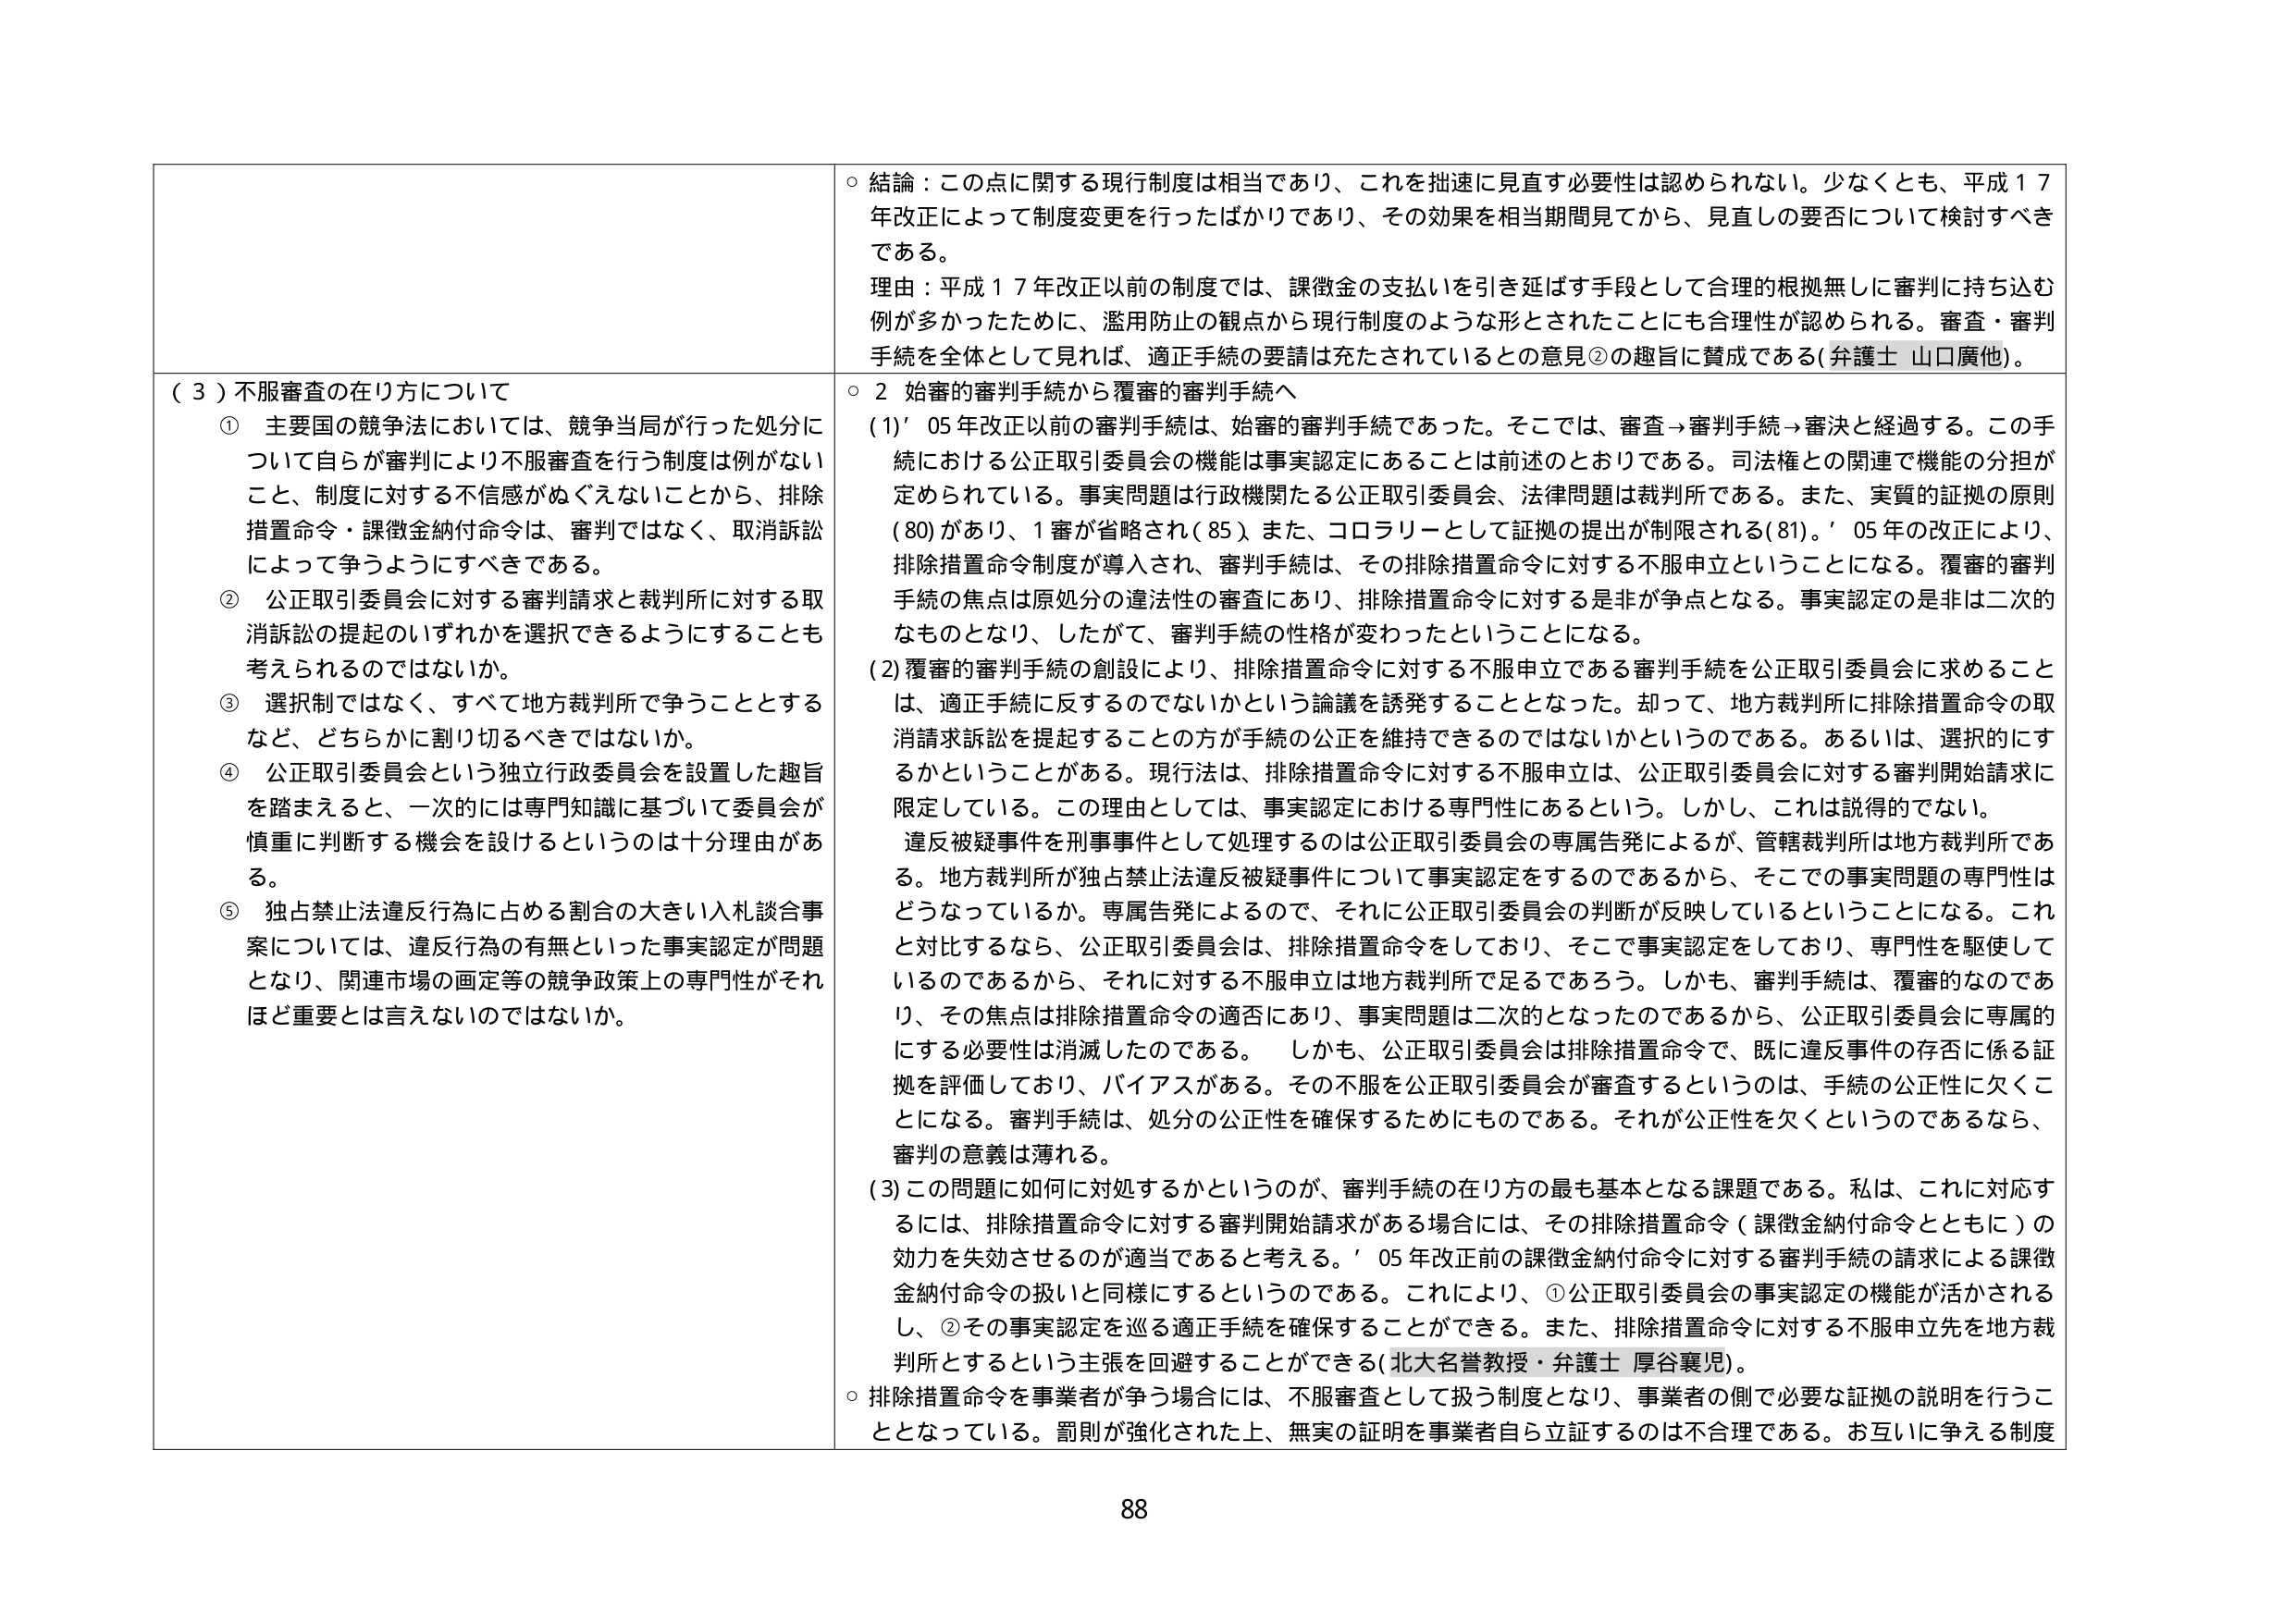
（３）不服審査の在り方について
① 主要国の競争法においては、競争当局が行った処分について自らが審判により不服審査を行う制度は例がないこと、制度に対する不信感がぬぐえないことから、排除措置命令・課徴金納付命令は、審判ではなく、取消訴訟によって争うようにすべきである。
② 公正取引委員会に対する審判請求と裁判所に対する取消訴訟の提起のいずれかを選択できるようにすることも考えられるのではないか。
③ 選択制ではなく、すべて地方裁判所で争うこととするなど、どちらかに割り切るべきではないか。
④ 公正取引委員会という独立行政委員会を設置した趣旨を踏まえると、一次的には専門知識に基づいて委員会が慎重に判断する機会を設けるというのは十分理由がある。
⑤ 独占禁止法違反行為に占める割合の大きい入札談合事案については、違反行為の有無といった事実認定が問題となり、関連市場の画定等の競争政策上の専門性がそれほど重要とは言えないのではないか。

○ 結論：この点に関する現行制度は相当であり、これを拙速に見直す必要性は認められない。少なくとも、平成１７年改正によって制度変更を行ったばかりであり、その効果を相当期間見てから、見直しの要否について検討すべきである。
理由：平成１７年改正以前の制度では、課徴金の支払いを引き延ばす手段として合理的根拠無しに審判に持ち込む例が多かったために、濫用防止の観点から現行制度のような形とされたことにも合理性が認められる。審査・審判手続を全体として見れば、適正手続の要請は充たされているとの意見②の趣旨に賛成である（弁護士 山口廣他）。

○ ２ 始審的審判手続から覆審的審判手続へ
(1) '05年改正以前の審判手続は、始審的審判手続であった。そこでは、審査→審判手続→審決と経過する。この手続における公正取引委員会の機能は事実認定にあることは前述のとおりである。司法権との関連で機能の分担が定められている。事実問題は行政機関たる公正取引委員会、法律問題は裁判所である。また、実質的証拠の原則（80）があり、１審が省略され（85）、また、コロラリーとして証拠の提出が制限される（81）。'05年の改正により、排除措置命令制度が導入され、審判手続は、その排除措置命令に対する不服申立ということになる。覆審的審判手続の焦点は原処分の違法性の審査にあり、排除措置命令に対する是非が争点となる。事実認定の是非は二次的なものとなり、したがって、審判手続の性格が変わったということになる。
(2) 覆審的審判手続の創設により、排除措置命令に対する不服申立である審判手続を公正取引委員会に求めることは、適正手続に反するのではないかという論議を誘発することとなった。却って、地方裁判所に排除措置命令の取消請求訴訟を提起することの方が手続の公正を維持できるのではないかというのである。あるいは、選択的にするかということがある。現行法は、排除措置命令に対する不服申立は、公正取引委員会に対する審判開始請求に限定している。この理由としては、事実認定における専門性にあるという。しかし、これは説得的でない。
違反被疑事件を刑事事件として処理するのは公正取引委員会の専属告発によるが、管轄裁判所は地方裁判所である。地方裁判所が独占禁止法違反被疑事件について事実認定をするのであるから、そこでの事実問題の専門性はどうなっているか。専属告発によるので、それに公正取引委員会の判断が反映しているということになる。これと対比するなら、公正取引委員会は、排除措置命令をしており、そこで事実認定をしており、専門性を駆使しているのであるから、それに対する不服申立は地方裁判所で足りであろう。しかも、審判手続は、覆審的なのであり、その焦点は排除措置命令の適否にあり、事実問題は二次的となったのであるから、公正取引委員会に専属的にする必要性は消滅したのである。 しかも、公正取引委員会は排除措置命令で、既に違反事件の存否に係る証拠を評価しており、バイアスがある。その不服を公正取引委員会が審査するというのは、手続の公正性に欠くことになる。審判手続は、処分の公正性を確保するためにものである。それが公正性を欠くというのであるなら、審判の意義は薄れる。
(3) この問題是如何に対処するかというのが、審判手続の在り方の最も基本となる課題である。私は、これに対応するには、排除措置命令に対する審判開始請求がある場合には、その排除措置命令（課徴金納付命令とともに）の効力を失効させるのが適当であると考える。'05年改正前の課徴金納付命令に対する審判手続の請求による課徴金納付命令の扱いと同様にするというのである。これにより、①公正取引委員会の事実認定の機能が活かされるし、②その事実認定を巡る適正手続を確保することができる。また、排除措置命令に対する不服申立先を地方裁判所とするという主張を回避することができる（北大名誉教授・弁護士 厚谷襄児）。

○ 排除措置命令を事業者が争う場合には、不服審査として扱う制度となり、事業者の側で必要な証拠の説明を行うこととなっている。罰則が強化された上、無実の証明を事業者自ら立証するのは不合理である。お互いに争える制度

88